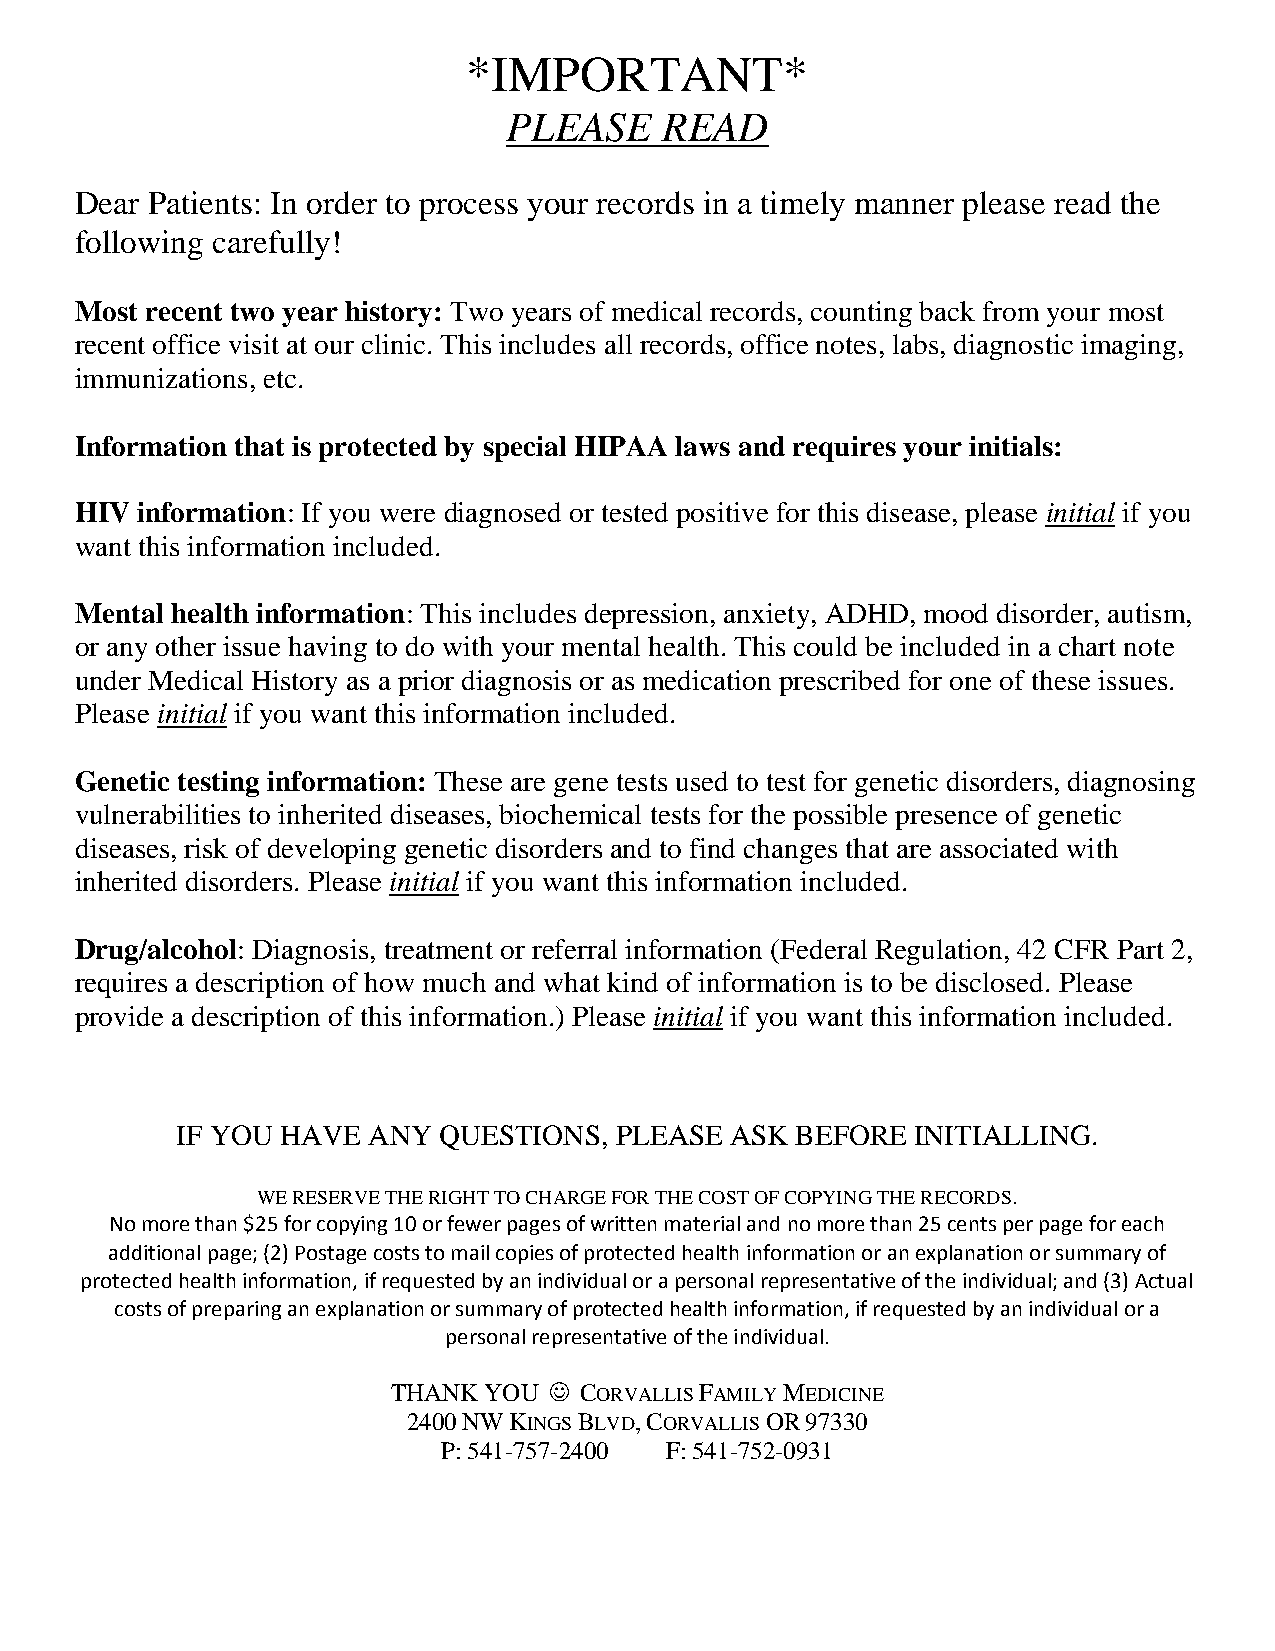
*IMPORTANT*
 PLEASE    READ
 Dear Patients: In order to process your records in a timely manner please read the
 following carefully!
 Most recent two year history: Two years of medical records, counting back from your most
 recent office visit at our clinic. This includes all records, office notes, labs, diagnostic imaging,
 immunizations, etc.
 Information that is protected by special HIPAA laws and requires your initials:
 HIV information: If you were diagnosed or tested positive for this disease, please initial if you
 want this information included.
 Mental health information: This includes depression, anxiety, ADHD, mood disorder, autism,
 or any other issue having to do with your mental health. This could be included in a chart note
 under Medical History as a prior diagnosis or as medication prescribed for one of these issues.
 Please initial if you want this information included.
 Genetic testing information: These are gene tests used to test for genetic disorders, diagnosing
 vulnerabilities to inherited diseases, biochemical tests for the possible presence of genetic
 diseases, risk of developing genetic disorders and to find changes that are associated with
 inherited disorders. Please initial if you want this information included.
 Drug/alcohol: Diagnosis, treatment or referral information (Federal Regulation, 42 CFR Part 2,
 requires a description of how much and what kind of information is to be disclosed. Please
 provide a description of this information.) Please initial if you want this information included.
 IF YOU HAVE ANY  QUESTIONS,  PLEASE ASK  BEFORE  INITIALLING.
 WE RESERVE THE RIGHTTO CHARGE FOR THE COST OF COPYING THE RECORDS.
 No more than $25 for copying 10 or fewer pages of written material and no more than 25 cents per page for each
 additionalpage; (2) Postage costs to mail copies of protected health information or an explanation or summary of
 protected health information, if requested by an individual or a personal representative of the individual; and (3) Actual
 costs of preparing an explanation or summary of protected health information, if requested by an individual or a
 personal representative of the individual.
 THANK YOU  CORVALLISFAMILYMEDICINE
 2400NWKINGSBLVD,CORVALLISOR97330
 P:541-757-2400 F:541-752-0931